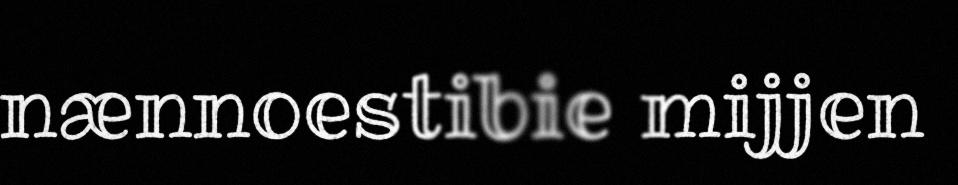
nænnoestibie mijjen